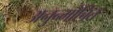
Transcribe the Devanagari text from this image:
अनुन्मोचित